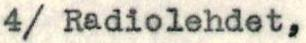
4/ Radiolehdet,